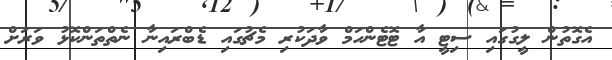
އެގޮތުން ލީގުގައި ސިޓީ އާ ޓޮޓެންހަމް ވާދަކުރި މެޗުގައި ޑެބްރައިނާ ނެތްތަންކޮޅު ވަރަށް